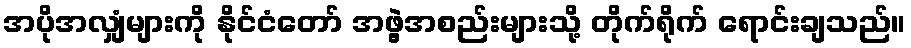
အပိုအလျှံများကို နိုင်ငံတော် အဖွဲ့အစည်းများသို့ တိုက်ရိုက် ရောင်းချသည်။